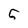
Character: 5